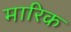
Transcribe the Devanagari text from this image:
मारिक